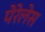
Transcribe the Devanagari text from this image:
पेरेलेस